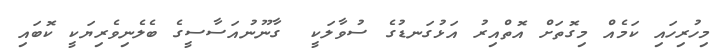
މިހުރިހައި ކަމެއް މިގޮތަށް އޮތްއިރު އަޅުގަނޑުގެ ސުވާލަކީ  ގާނޫނުއަސާސީގެ ބެލެނިވެރިޔަކީ ކޮބައި